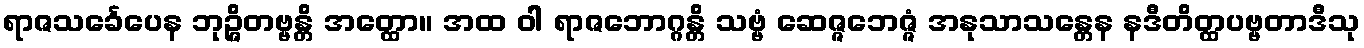
ရာဇသင်္ခေပေန ဘုဉ္ဇိတဗ္ဗန္တိ အတ္ထော။ အထ ဝါ ရာဇဘောဂ္ဂန္တိ သဗ္ဗံ ဆေဇ္ဇဘေဇ္ဇံ အနုသာသန္တေန နဒီတိတ္ထပဗ္ဗတာဒီသု